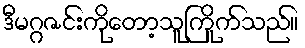
ဒီမဂ္ဂဇင်းကိုတော့သူကြိုက်သည်။